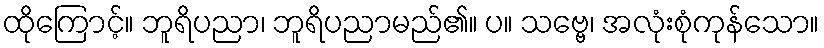
ထိုကြောင့်။ ဘူရိပညာ၊ ဘူရိပညာမည်၏။ ပ။ သဗ္ဗေ၊ အလုံးစုံကုန်သော။